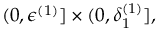
( 0 , \epsilon ^ { ( 1 ) } ] \times ( 0 , \delta _ { 1 } ^ { ( 1 ) } ] ,